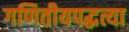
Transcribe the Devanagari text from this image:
गणितीयपद्धत्या